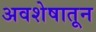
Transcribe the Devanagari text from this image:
अवशेषातून